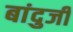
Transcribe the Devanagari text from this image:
बांदुजी